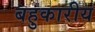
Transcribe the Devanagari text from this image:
बहुकारीय